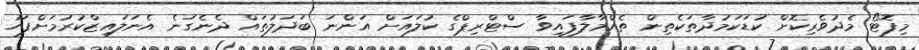
މިފޮޓޯ މެދުވެރިކޮށް ކުޑަކަމުދާތަކެތިން ތެއްމާލާފައިވާ ސްޓްރިޕްގެ ކުލައަށް އަންނަ ބަދަލުތައް ދެނެގަނެ އެނަލައިޒްކުރުމަށްފަހު